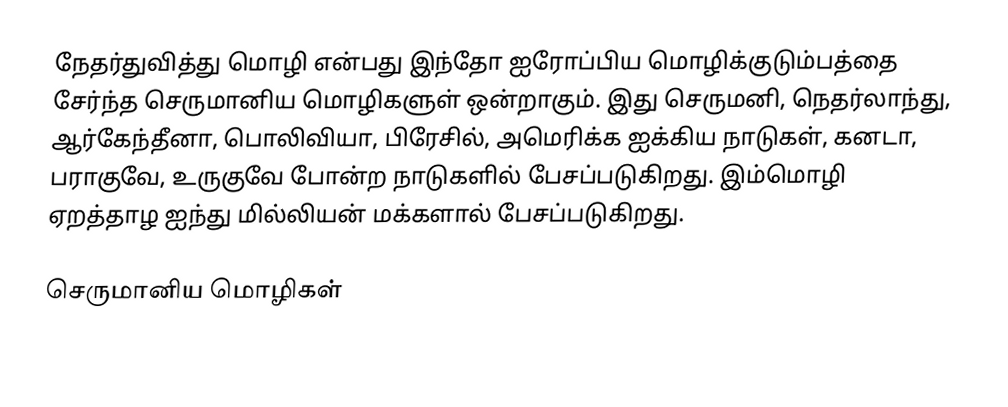
நேதர்துவித்து மொழி என்பது இந்தோ ஐரோப்பிய மொழிக்குடும்பத்தை சேர்ந்த செருமானிய மொழிகளுள் ஒன்றாகும். இது செருமனி, நெதர்லாந்து, ஆர்கேந்தீனா, பொலிவியா, பிரேசில், அமெரிக்க ஐக்கிய நாடுகள், கனடா, பராகுவே, உருகுவே போன்ற நாடுகளில் பேசப்படுகிறது. இம்மொழி ஏறத்தாழ ஐந்து மில்லியன் மக்களால் பேசப்படுகிறது.

செருமானிய மொழிகள்